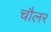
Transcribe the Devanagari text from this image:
चौलर